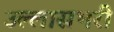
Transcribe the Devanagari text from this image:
उल्लासभरी